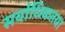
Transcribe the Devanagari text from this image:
सर्वाधिकतया